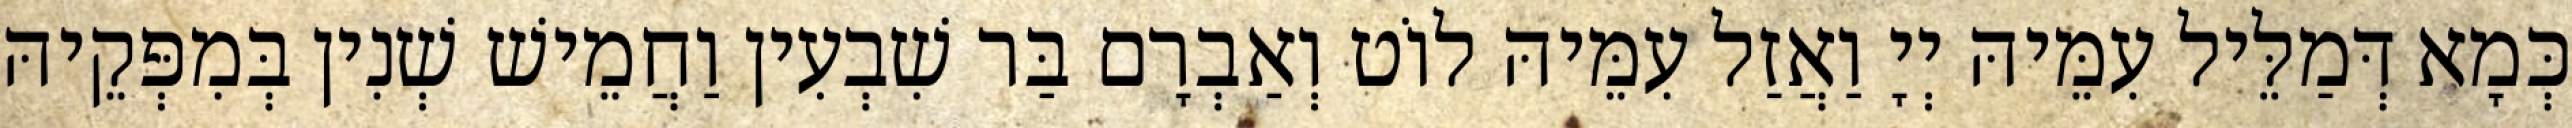
כְּמָא דְּמַלֵּיל עִמֵּיהּ יְיָ וַאֲזַל עִמֵּיהּ לוֹט וְאַבְרָם בַּר שִׁבְעִין וַחֲמֵישׁ שְׁנִין בְּמִפְּקֵיהּ